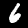
Label: 6